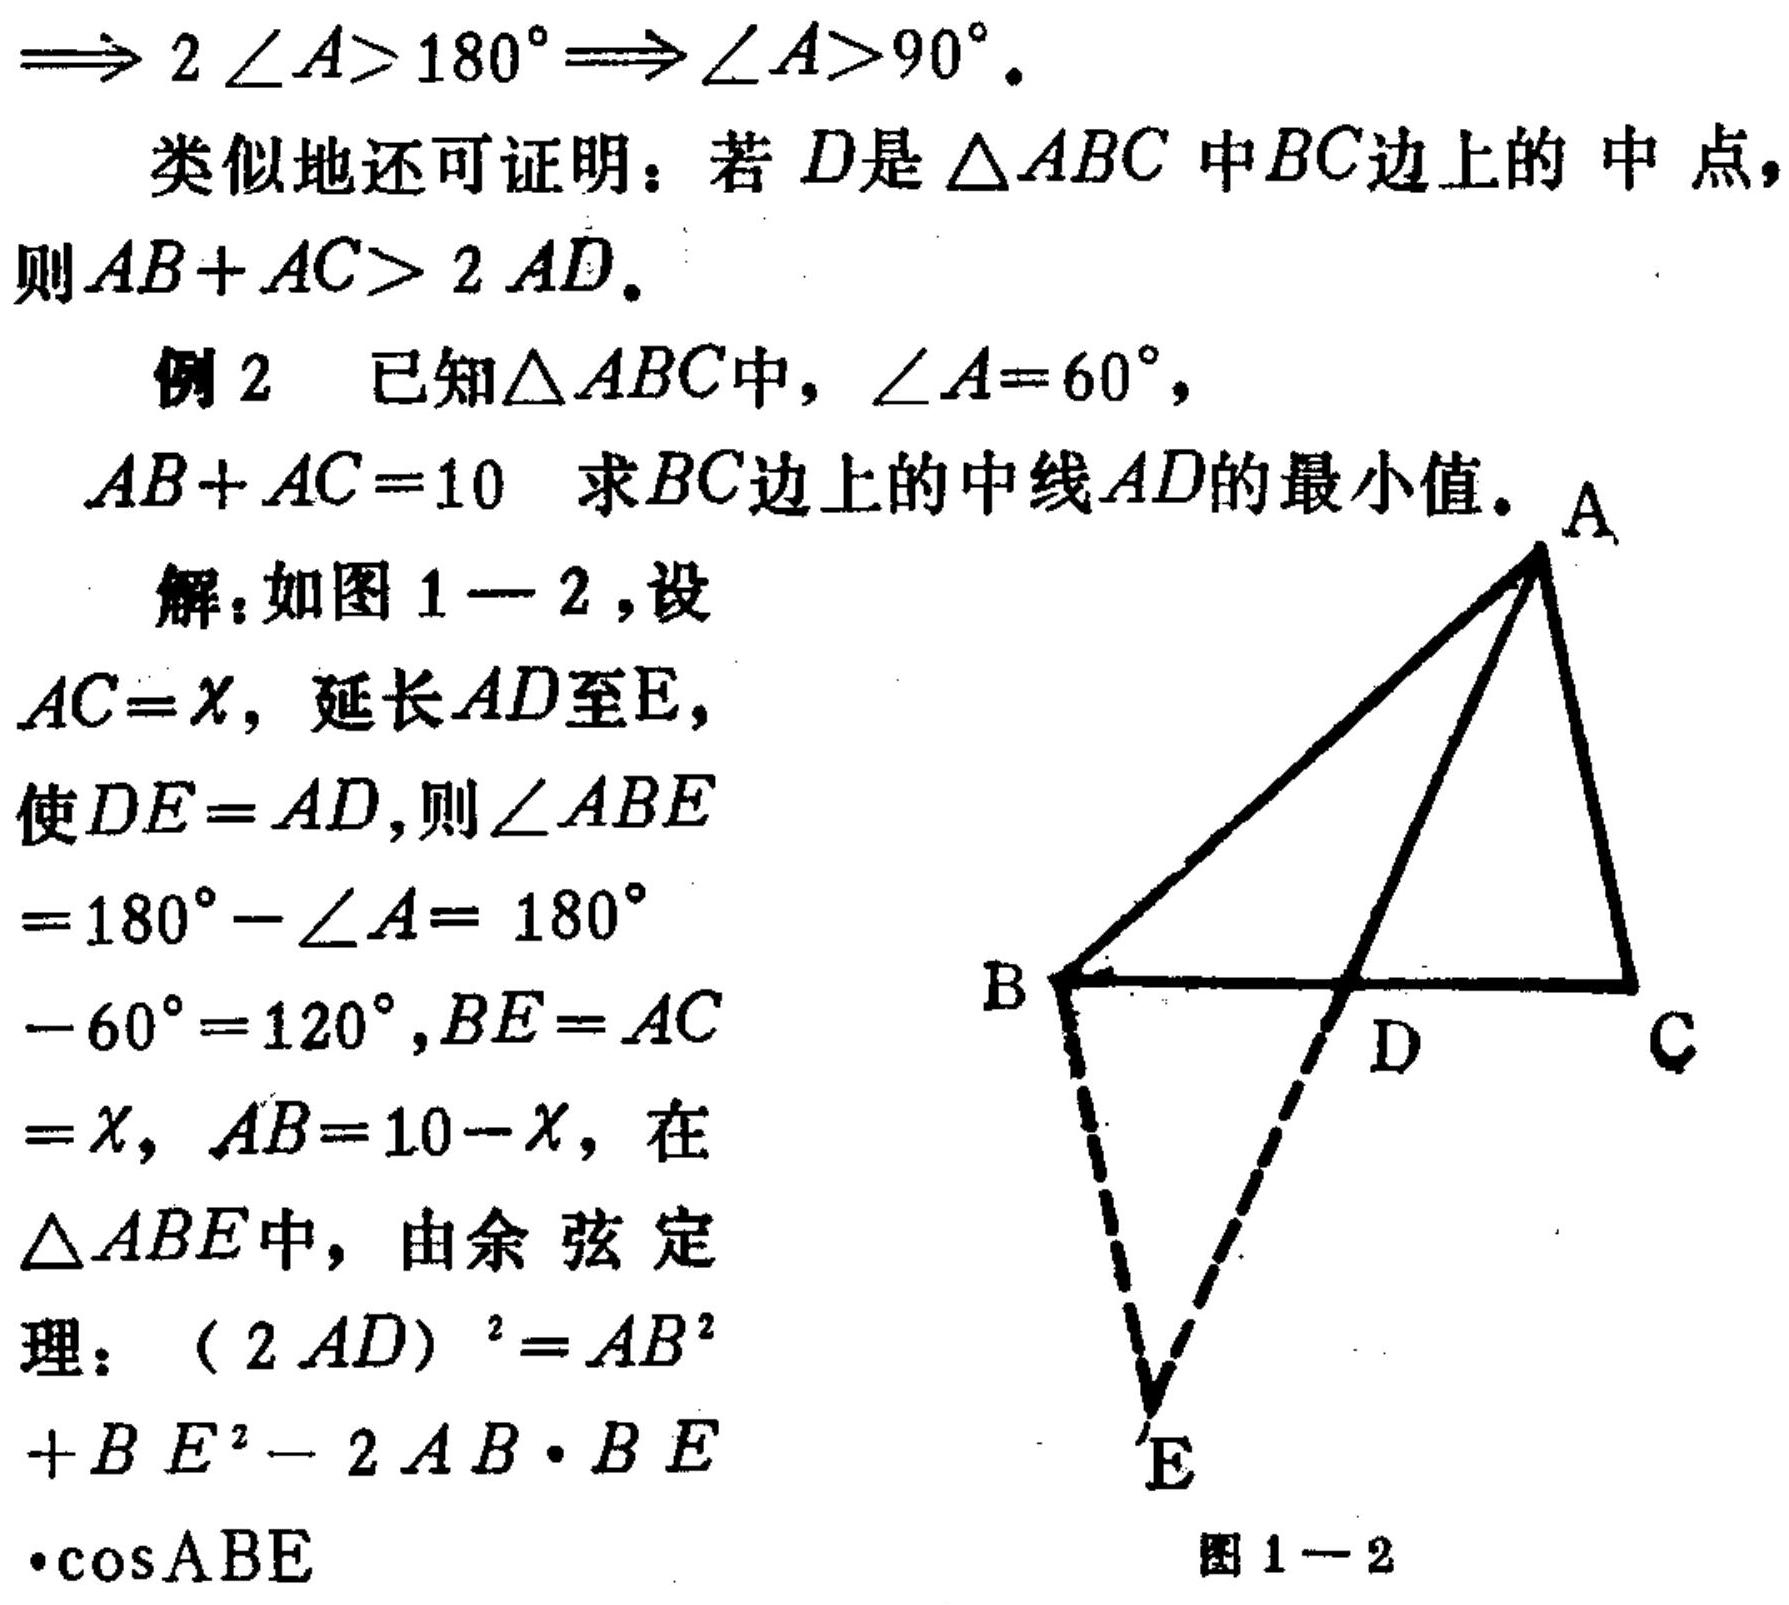
$\Rightarrow 2\angle A > 180^{\circ}\Rightarrow\angle A>90^{\circ}.$
类似地还可证明：若 \(D\)是\(\triangle ABC\)中\(BC\)边上的中点，则\(AB + AC>2AD.\)
例2 已知\(\triangle ABC\)中，\(\angle A = 60^{\circ}\)，\(AB + AC = 10\) 求\(BC\)边上的中线\(AD\)的最小值。
解：如图1 - 2，设\(AC=x\)，延长\(AD\)至\(E\)，使\(DE = AD\)，则\(\angle ABE=180^{\circ}-\angle A = 180^{\circ}-60^{\circ}=120^{\circ}\)，\(BE = AC=x\)，\(AB = 10 - x\)，在\(\triangle ABE\)中，由余弦定理：\((2AD)^{2}=AB^{2}+BE^{2}-2AB\cdot BE\cdot\cos ABE\)